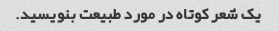
یک شعر کوتاه در مورد طبیعت بنویسید.